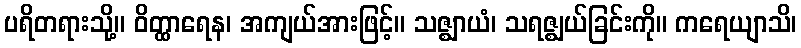
ပရိတရားသို့။ ဝိတ္ထာရေန၊ အကျယ်အားဖြင့်။ သဇ္ဈာယံ၊ သရဇ္ဈယ်ခြင်းကို။ ကရေယျာသိ၊